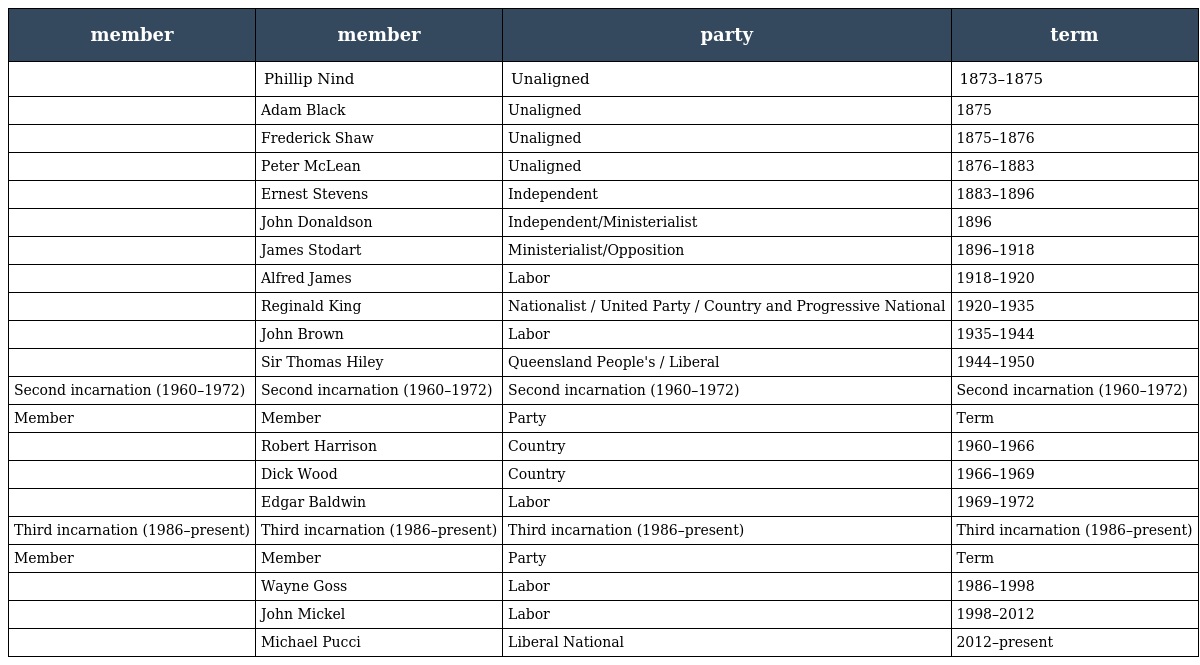
| member | member | party | term |
 | --- | --- | --- | --- |
 |  | Phillip Nind | Unaligned | 1873–1875 |
 |  | Adam Black | Unaligned | 1875 |
 |  | Frederick Shaw | Unaligned | 1875–1876 |
 |  | Peter McLean | Unaligned | 1876–1883 |
 |  | Ernest Stevens | Independent | 1883–1896 |
 |  | John Donaldson | Independent/Ministerialist | 1896 |
 |  | James Stodart | Ministerialist/Opposition | 1896–1918 |
 |  | Alfred James | Labor | 1918–1920 |
 |  | Reginald King | Nationalist / United Party / Country and Progressive National | 1920–1935 |
 |  | John Brown | Labor | 1935–1944 |
 |  | Sir Thomas Hiley | Queensland People's / Liberal | 1944–1950 |
 | Second incarnation (1960–1972) | Second incarnation (1960–1972) | Second incarnation (1960–1972) | Second incarnation (1960–1972) |
 | Member | Member | Party | Term |
 |  | Robert Harrison | Country | 1960–1966 |
 |  | Dick Wood | Country | 1966–1969 |
 |  | Edgar Baldwin | Labor | 1969–1972 |
 | Third incarnation (1986–present) | Third incarnation (1986–present) | Third incarnation (1986–present) | Third incarnation (1986–present) |
 | Member | Member | Party | Term |
 |  | Wayne Goss | Labor | 1986–1998 |
 |  | John Mickel | Labor | 1998–2012 |
 |  | Michael Pucci | Liberal National | 2012–present |